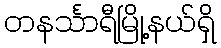
တနင်္သာရီမြို့နယ်ရှိ